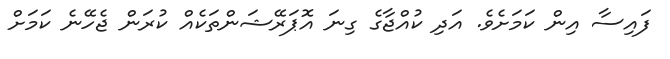
ފައިސާ އިން ކަމަށެވެ. އަދި ކުއްޖާގެ ގިނަ އޮޕަރޭޝަންތަކެއް ކުރަން ޖެހޭނެ ކަމަށް